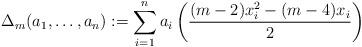
LaTeX: \begin{align*}\Delta_m(a_1, \ldots, a_n): = \sum_{i=1}^n a_i \left(\frac{(m-2)x_i^2 - (m - 4)x_i}{2} \right)\end{align*}